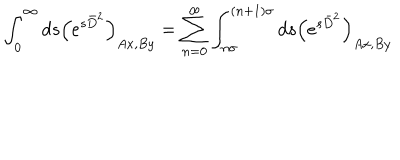
LaTeX: \int _ { 0 } ^ { \infty } d s \left( e ^ { s \bar { D } ^ { 2 } } \right) _ { A x , B y } = \sum _ { n = 0 } ^ { \infty } \int _ { n \sigma } ^ { ( n + 1 ) \sigma } d s \left( e ^ { s \bar { D } ^ { 2 } } \right) _ { A x , B y }